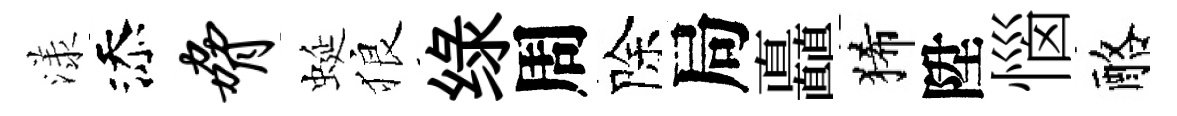
漾添胁蜒狼绿周除局矗狶陞惱酪